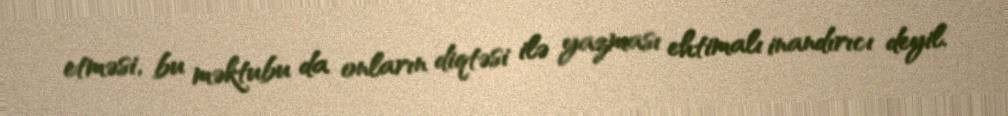
etməsi, bu məktubu da onların diqtəsi ilə yazması ehtimalı inandırıcı deyil.